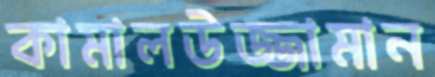
কামালউজ্জামান